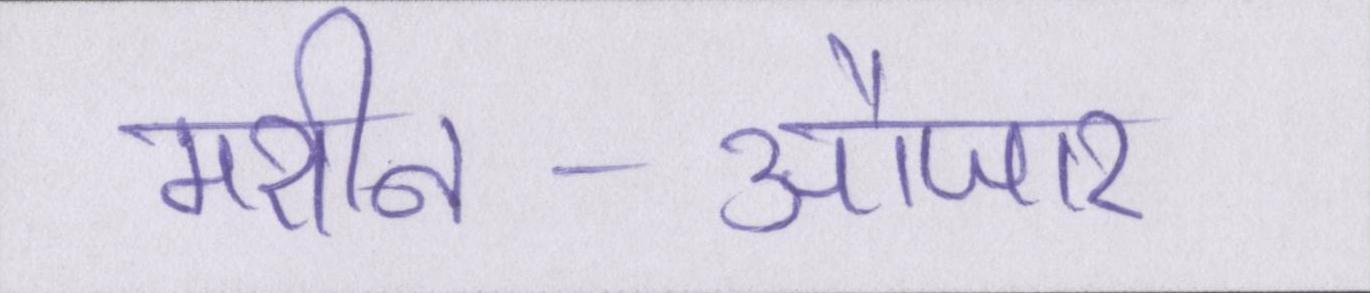
मशीन-औजार